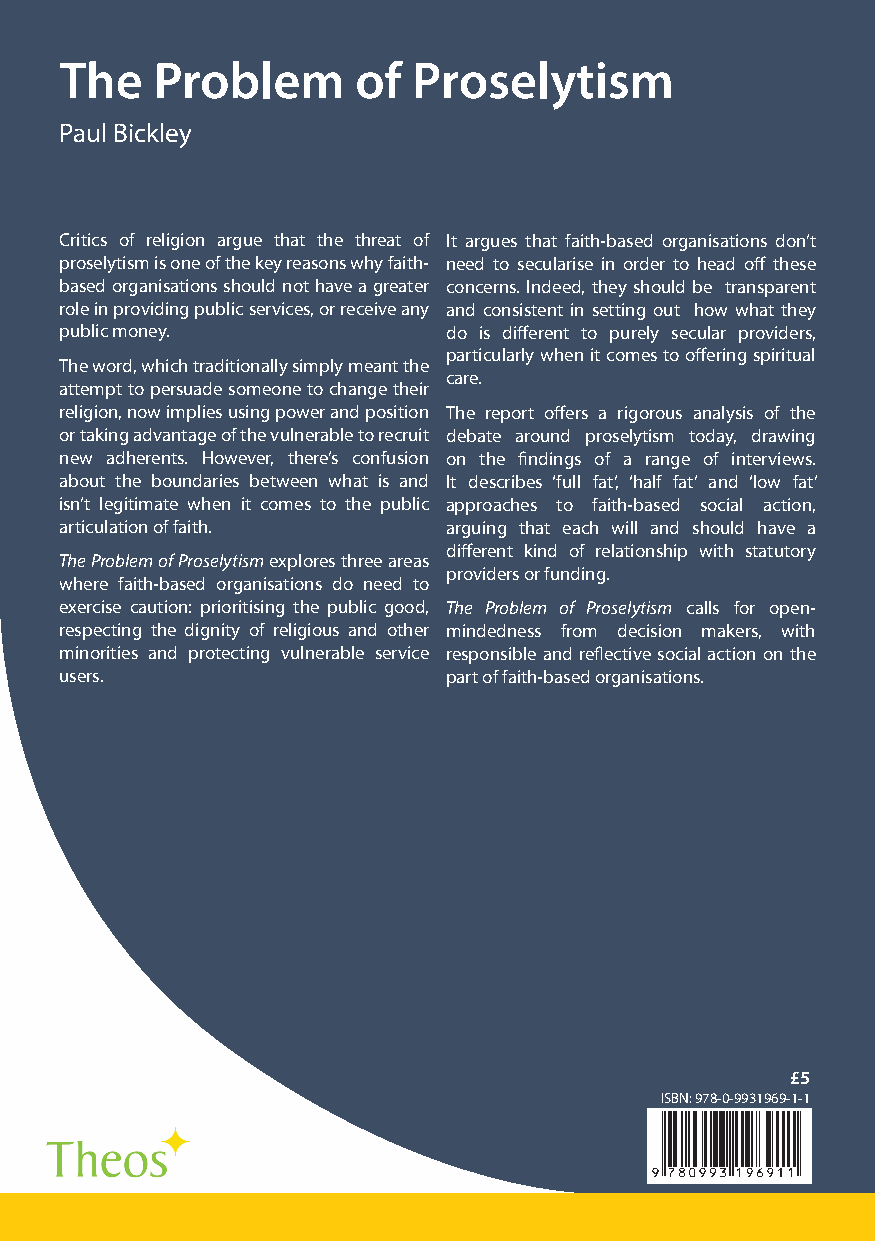
The   Problem      of  Proselytism
 Paul Bickley
 The     Problem          of
 Critics of religion argue that the threat of It argues that faith-based organisations don’t
 proselytism is one of the key reasons why faith- need to secularise in order to head off these
 based organisations should not have a greater concerns. Indeed, they should be transparent
 Proselytism
 role in providing public services, or receive any and consistent in setting out how what they
 public money.            do is different to purely secular providers,
 particularly when it comes to offering spiritual
 The word, which traditionally simply meant the             Paul Bickley
 care.
 attempt to persuade someone to change their
 religion, now implies using power and position The report offers a rigorous analysis of the
 or taking advantage of the vulnerable to recruit debate around proselytism today, drawing
 new adherents. However, there’s confusion on the findings of a range of interviews.
 about the boundaries between what is and It describes ‘full fat’, ‘half fat’ and ‘low fat’
 isn’t legitimate when it comes to the public approaches to faith-based social action,
 articulation of faith.   arguing that each will and should have a
 different kind of relationship with statutory
 The Problem of Proselytism explores three areas
 providers or funding.
 where faith-based organisations do need to
 exercise caution: prioritising the public good, The Problem of Proselytism calls for open-
 respecting the dignity of religious and other mindedness from decision makers, with
 minorities and protecting vulnerable service responsible and reflective social action on the
 users.                   part of faith-based organisations.
 £5
 ISBN: 978-0-9931969-1-1
 The
 problem
 of
 proselytism
 Paul
 Bickley